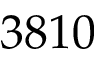
3 8 1 0